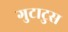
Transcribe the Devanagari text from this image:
गुटाटुस